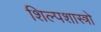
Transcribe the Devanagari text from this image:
शिल्पशास्त्रो